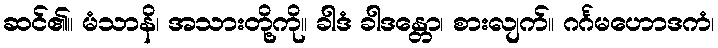
ဆင်၏။ မံသာနိ၊ အသားတို့ကို။ ခါဒံ ခါဒန္တော၊ စားလျက်။ ဂင်္ဂမဟောဒကံ၊